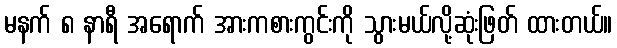
မနက် ၈ နာရီ အရောက် အားကစားကွင်းကို သွားမယ်လို့ဆုံးဖြတ် ထားတယ်။